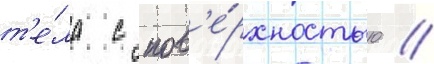
т'е́ла с пов'е́рхностью //